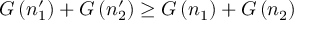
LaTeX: G \left( n _ { 1 } ^ { \prime } \right) + G \left( n _ { 2 } ^ { \prime } \right) \ge G \left( n _ { 1 } \right) + G \left( n _ { 2 } \right)